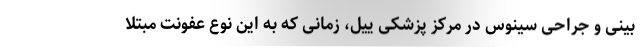
بینی و جراحی سینوس در مرکز پزشکی ییل، زمانی که به این نوع عفونت مبتلا